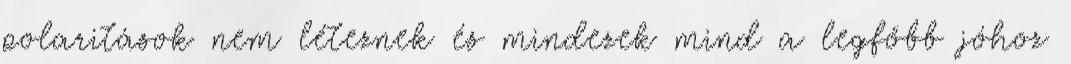
polaritások nem léteznek és mindezek mind a legfőbb jóhoz